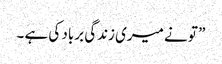
” تو نے میری زندگی برباد کی ہے ۔